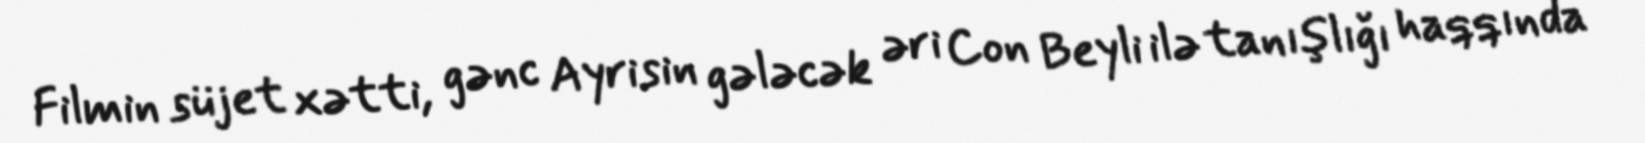
Filmin süjet xətti, gənc Ayrisin gələcək əri Con Beyli ilə tanışlığı haqqında